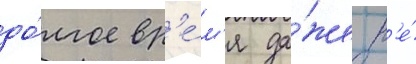
до́лгое вр'е́м'я да́же н'е́